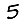
Digit: 5